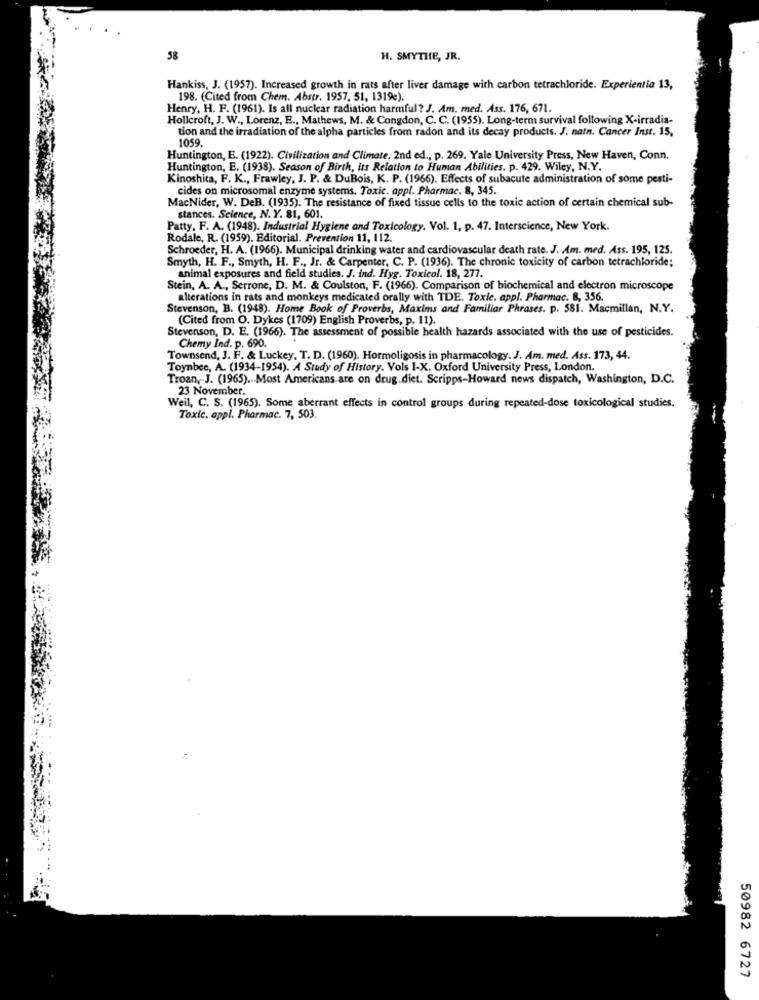
58
H. SMYTHE, JR.
Hankiss, J. (1957). Increased growth in rats after liver damage with carbon tetrachloride. Experientia 13,
198. (Cited from Chem. Abstr. 1957, 51, 1319e).
Henry, H. F. (1961). Is all nuclear radiation harmful? J. Am. med. Ass. 176, 671.
Hollcroft, J. W ., Lorenz, E ., Mathews, M. & Congdon, C. C. (1955). Long-term survival following X-irradia-
tion and the irradiation of the alpha particles from radon and its decay products. J. natn. Cancer Inst. 15,
1059.
Huntington, E. (1922). Civilization and Climate. 2nd ed ., p. 269. Yale University Press, New Haven, Conn.
Huntington, E. (1938). Season of Birth, its Relation to Human Abilities. p. 429. Wiley, N.Y.
Kinoshita, F. K ., Frawley, J. P. & DuBois, K. P. (1966). Effects of subacute administration of some pesti-
cides on microsomal enzyme systems. Toxic. appl. Pharmac. 8, 345.
MacNider, W. DeB. (1935). The resistance of fixed tissue cells to the toxic action of certain chemical sub-
stances. Science, N.Y. 81, 601.
Patty, F. A. (1948). Industrial Hygiene and Toxicology. Vol. 1, p. 47. Interscience, New York.
Rodale, R. (1959). Editorial. Prevention 11, 112.
Schroeder, H. A. (1966). Municipal drinking water and cardiovascular death rate. J. Am. med. Ass. 195, 125.
Smyth, H. F ., Smyth, H. F ., Jr. & Carpenter, C. P. (1936). The chronic toxicity of carbon tetrachloride;
animal exposures and field studies. J. ind. Hyg. Toxicol. 18, 277.
Stein, A. A ., Serrone, D. M. & Coulston, F. (1966). Comparison of biochemical and electron microscope
alterations in rats and monkeys medicated orally with TDE. Toxic. appl. Pharmac. 8, 356.
Stevenson, B. (1948). Home Book of Proverbs, Maxims and Familiar Phrases. p. 581. Macmillan, N.Y.
(Cited from O. Dykes (1709) English Proverbs, p. 11).
Stevenson, D. E. (1966). The assessment of possible health hazards associated with the use of pesticides.
Chemy Ind. p. 690.
Townsend, J. F. & Luckey, T. D. (1960). Hormoligosis in pharmacology. J. Am. med. Ass. 173, 44.
Toynbee, A. (1934-1954). A Study of History. Vols I-X. Oxford University Press, London.
Troan, J. (1965). Most Americans are on drug diet. Scripps-Howard news dispatch, Washington, D.C.
23 November.
Weil, C. S. (1965). Some aberrant effects in control groups during repeated-dose toxicological studies.
Toxic. appl. Pharmac. 7, 503.
50982 6727